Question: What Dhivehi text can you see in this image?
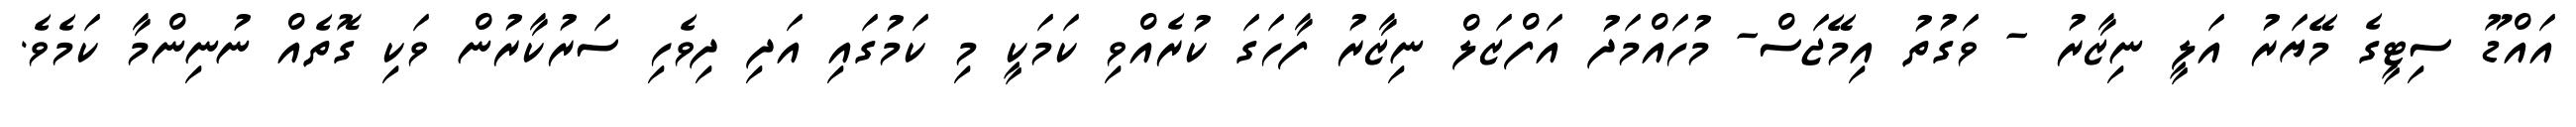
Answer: އައްޑޫ ސިޓީގެ މޭޔަރު އަލީ ނިޒާރު - ވަގުތު އިމޭޖަސް- މުހައްމަދު އަފްޒަލް ނިޒާރު ފާހަގަ ކުރެއްވި ކަމަކީ މި ކަމުގައި އަދި ދިވެހި ސަރުކާރުން ވަކި ގޮތެއް ނުނިންމާ ކަމެވެ.